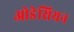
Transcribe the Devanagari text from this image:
ओडेसियन